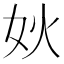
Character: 𰋺